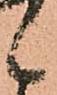
候